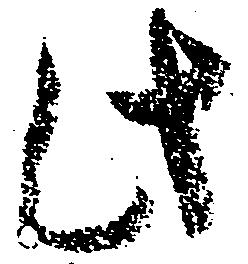
此